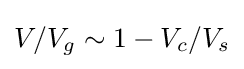
V/V_{g}\sim 1-V_{c}/V_{s}